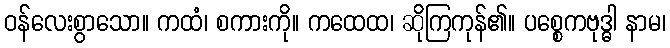
ဝန်လေးစွာသော။ ကထံ၊ စကားကို။ ကထေထ၊ ဆိုကြကုန်၏။ ပစ္စေကဗုဒ္ဓါ နာမ၊